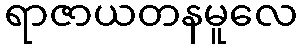
ရာဇာယတနမူလေ